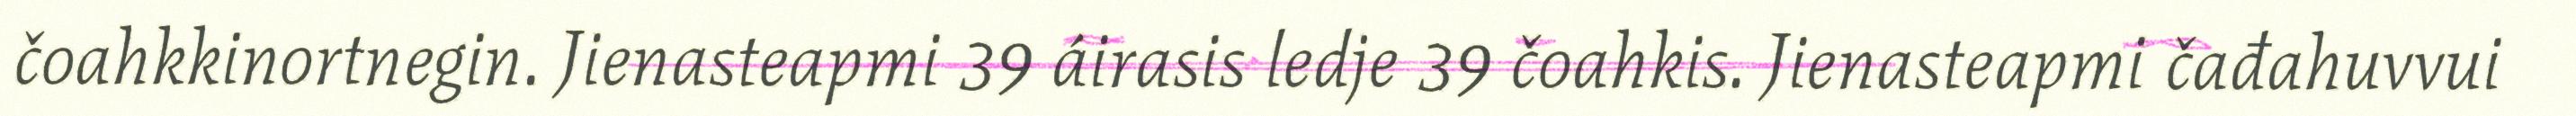
čoahkkinortnegin. Jienasteapmi 39 áirasis ledje 39 čoahkis. Jienasteapmi čađahuvvui